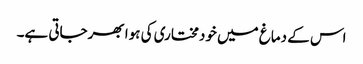
اس کے دماغ میں خودمختاری کی ہوا بھرجاتی ہے۔